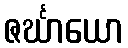
ဇင်္ဃာယော